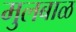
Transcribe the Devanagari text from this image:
मुलबाळ